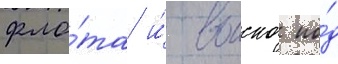
фло́та и́ воиска по́д